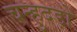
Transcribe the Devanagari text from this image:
चन्हुदड़ो